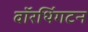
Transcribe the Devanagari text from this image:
वॉरथिंगटन